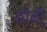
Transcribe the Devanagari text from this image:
ठोढी़